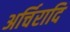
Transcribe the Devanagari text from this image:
अर्चिरादि